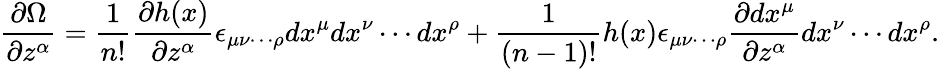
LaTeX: \frac{\partial\Omega}{\partial z^{\alpha}}=\frac{1}{n!}\frac{\partial h(x)}{\partial z^{\alpha}}\epsilon_{{\mu}{\nu}\cdots{\rho}}dx^{\mu}dx^{\nu}\cdots dx^{\rho}+\frac{1}{(n-1)!}h(x)\epsilon_{{\mu}{\nu}\cdots{\rho}}\frac{\partial dx^{\mu}}{\partial z^{\alpha}}dx^{\nu}\cdots dx^{\rho}.